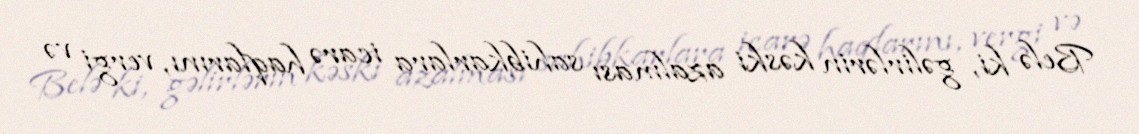
Belə ki, gəlirlərin kəski azalması sahibkarlara icarə haqlarını, vergi və